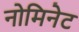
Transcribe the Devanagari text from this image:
नोमिनेट